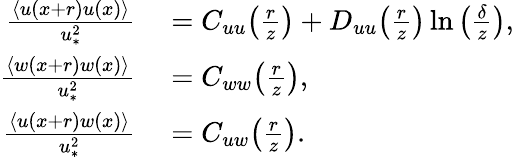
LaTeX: \begin{array}{rl}{\frac{\langle u(x+r)u(x)\rangle}{u_{\ast}^{2}}}&{{}=C_{uu}\! \left(\frac{r}{z}\right)+D_{uu}\! \left(\frac{r}{z}\right)\ln\left(\frac{\delta}{z}\right),}\\ {\frac{\langle w(x+r)w(x)\rangle}{u_{\ast}^{2}}}&{{}=C_{ww}\! \left(\frac{r}{z}\right),}\\ {\frac{\langle u(x+r)w(x)\rangle}{u_{\ast}^{2}}}&{{}=C_{uw}\! \left(\frac{r}{z}\right).}\end{array}